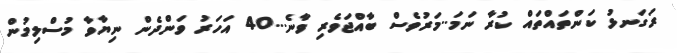
ރަގަނޅު ކަންތައްތައް ކުރާ ނަމަ..މަރުވެސް ބާއްޖަވެރި ވާނެ...40 އަހަރު ވަންދެން ނިޔާވާ މުސްލިމުން